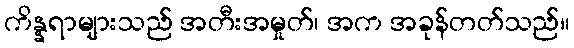
ကိန္နရာများသည် အတီးအမှုတ်၊ အက အခုန်တတ်သည်။